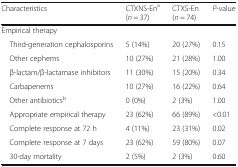
<table><thead><tr><td><b>Characteristics</b></td><td><b>CTXNS-En<sup>a</sup>(<i>n</i> = 37)</b></td><td><b>CTXS-En(<i>n</i> = 74)</b></td><td><b><i>P</i>-value</b></td></tr></thead><tbody><tr><td colspan="4">Empirical therapy</td></tr><tr><td> Third-generation cephalosporins</td><td>5 (14%)</td><td>20 (27%)</td><td>0.15</td></tr><tr><td> Other cephems</td><td>10 (27%)</td><td>21 (28%)</td><td>1.00</td></tr><tr><td> β-lactam/β-lactamase inhibitors</td><td>11 (30%)</td><td>15 (20%)</td><td>0.34</td></tr><tr><td> Carbapenems</td><td>10 (27%)</td><td>16 (22%)</td><td>0.64</td></tr><tr><td> Other antibiotics<sup>b</sup></td><td>0 (0%)</td><td>2 (3%)</td><td>1.00</td></tr><tr><td> Appropriate empirical therapy</td><td>23 (62%)</td><td>66 (89%)</td><td>&lt;0.01</td></tr><tr><td> Complete response at 72 h</td><td>4 (11%)</td><td>23 (31%)</td><td>0.02</td></tr><tr><td> Complete response at 7 days</td><td>23 (62%)</td><td>59 (80%)</td><td>0.07</td></tr><tr><td> 30-day mortality</td><td>2 (5%)</td><td>2 (3%)</td><td>0.60</td></tr></tbody></table>